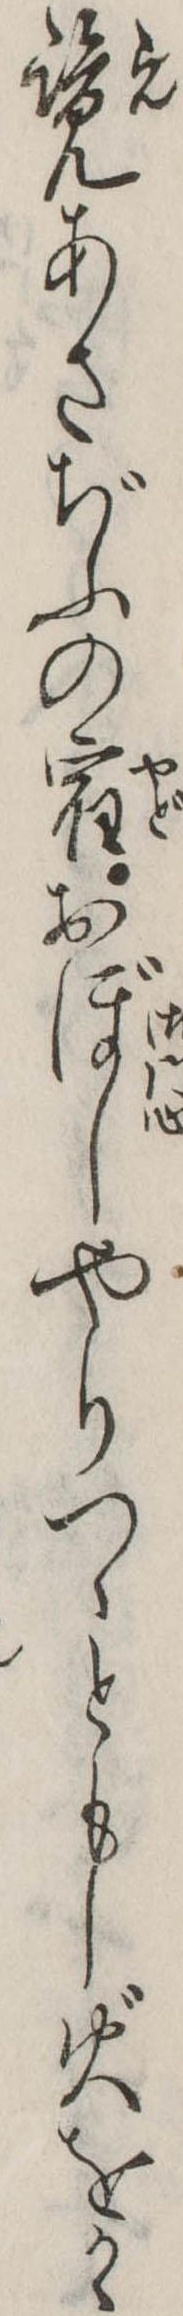
覧あさぢふの宿おぼしやりつゝともし火をかゝ